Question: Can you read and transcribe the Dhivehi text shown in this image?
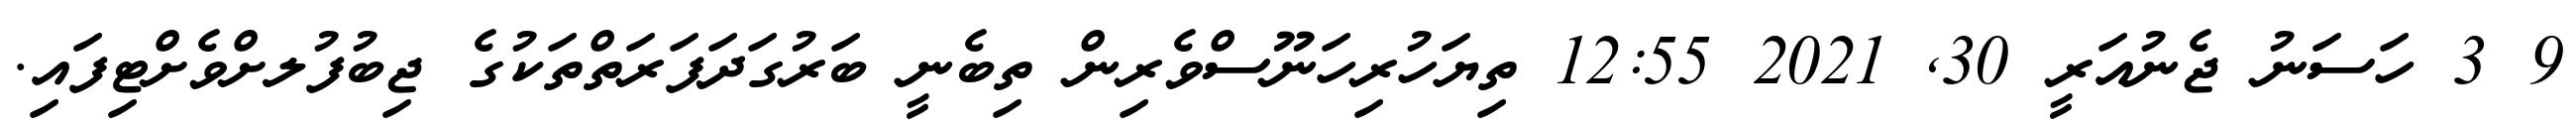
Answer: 9 3 ހަސަނު ޖެނުއަރީ 30, 2021 12:55 ތިޔަހުރިހަނޫސްވެރިން ތިބެނީ ބަރުގަދަފަރަތްތަކުގެ ޖިބުފުލށްވެށްޓިފައި.